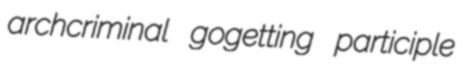
archcriminal gogetting participle